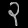
Digit: ၃